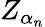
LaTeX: \textstyle Z_{\alpha_{n}}